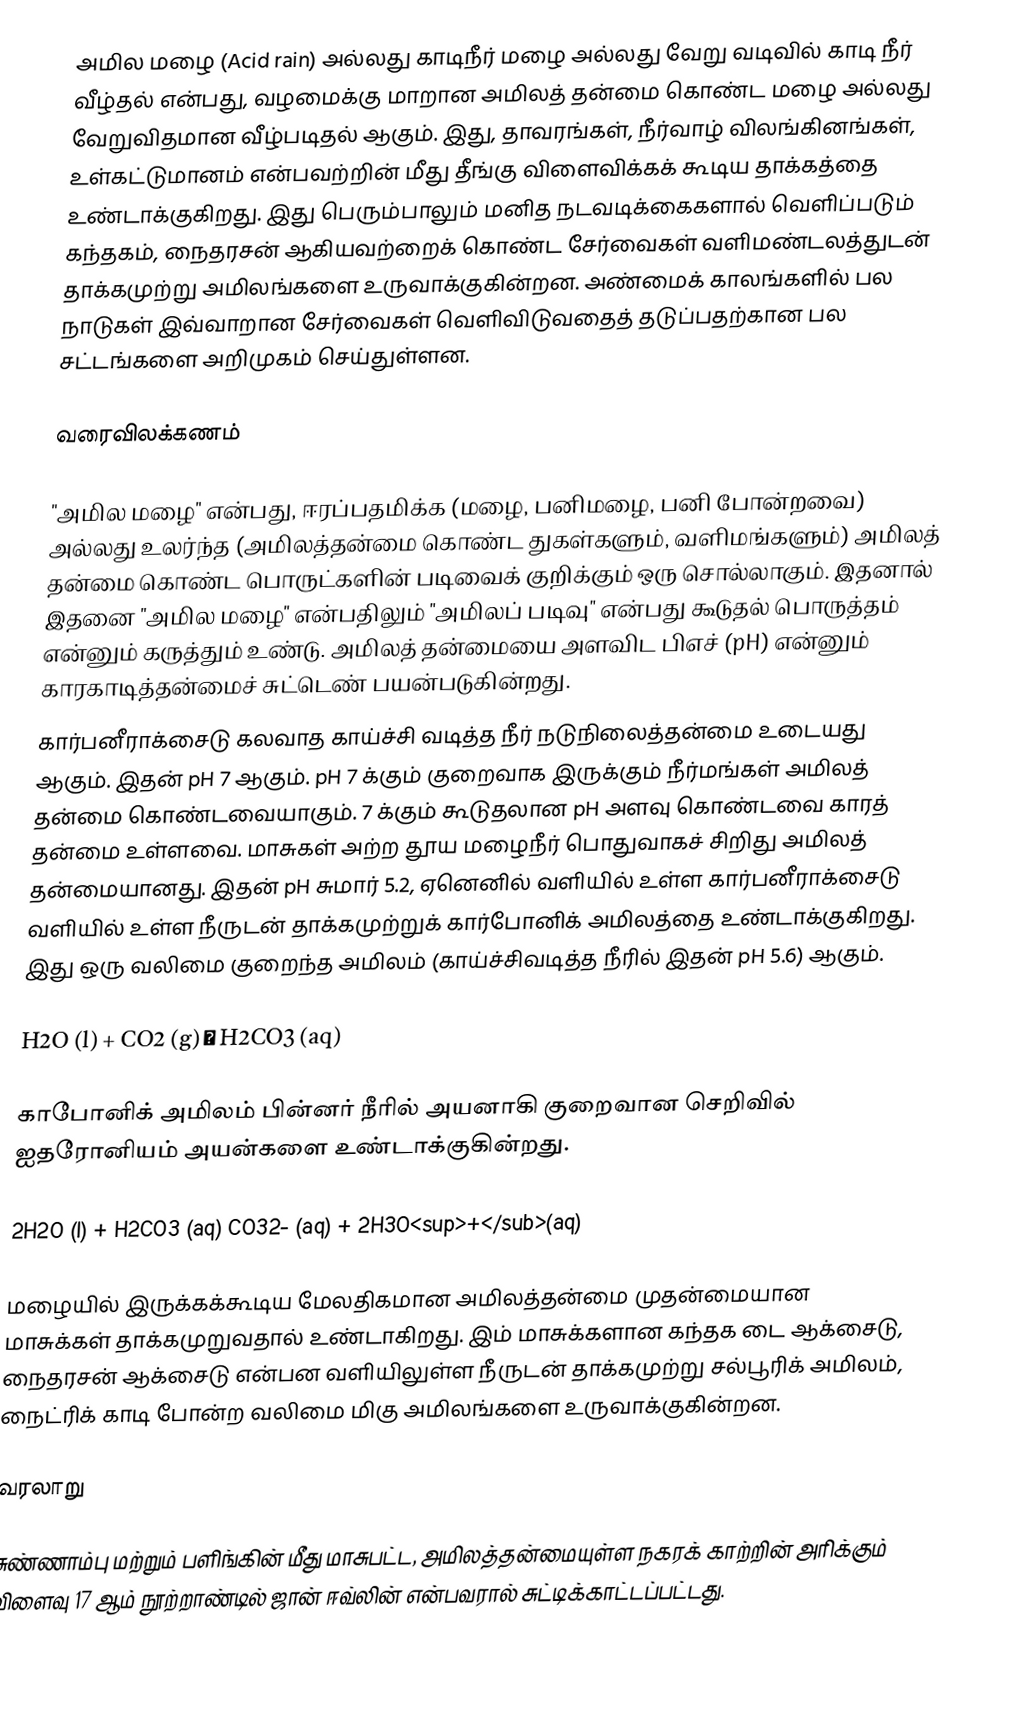
அமில மழை (Acid rain) அல்லது காடிநீர் மழை அல்லது வேறு வடிவில் காடி நீர் வீழ்தல் என்பது, வழமைக்கு மாறான அமிலத் தன்மை கொண்ட மழை அல்லது வேறுவிதமான வீழ்படிதல் ஆகும். இது, தாவரங்கள், நீர்வாழ் விலங்கினங்கள், உள்கட்டுமானம் என்பவற்றின் மீது தீங்கு விளைவிக்கக் கூடிய தாக்கத்தை உண்டாக்குகிறது. இது பெரும்பாலும் மனித நடவடிக்கைகளால் வெளிப்படும் கந்தகம், நைதரசன் ஆகியவற்றைக் கொண்ட சேர்வைகள் வளிமண்டலத்துடன் தாக்கமுற்று அமிலங்களை உருவாக்குகின்றன. அண்மைக் காலங்களில் பல நாடுகள் இவ்வாறான சேர்வைகள் வெளிவிடுவதைத் தடுப்பதற்கான பல சட்டங்களை அறிமுகம் செய்துள்ளன.

வரைவிலக்கணம்

"அமில மழை" என்பது, ஈரப்பதமிக்க (மழை, பனிமழை, பனி போன்றவை) அல்லது உலர்ந்த (அமிலத்தன்மை கொண்ட துகள்களும், வளிமங்களும்) அமிலத் தன்மை கொண்ட பொருட்களின் படிவைக் குறிக்கும் ஒரு சொல்லாகும். இதனால் இதனை "அமில மழை" என்பதிலும் "அமிலப் படிவு" என்பது கூடுதல் பொருத்தம் என்னும் கருத்தும் உண்டு. அமிலத் தன்மையை அளவிட பிஎச் (pH) என்னும் காரகாடித்தன்மைச் சுட்டெண் பயன்படுகின்றது.
கார்பனீராக்சைடு கலவாத காய்ச்சி வடித்த நீர் நடுநிலைத்தன்மை உடையது ஆகும். இதன் pH 7 ஆகும். pH 7 க்கும் குறைவாக இருக்கும் நீர்மங்கள் அமிலத் தன்மை கொண்டவையாகும். 7 க்கும் கூடுதலான pH அளவு கொண்டவை காரத் தன்மை உள்ளவை. மாசுகள் அற்ற தூய மழைநீர் பொதுவாகச் சிறிது அமிலத் தன்மையானது. இதன் pH சுமார் 5.2, ஏனெனில் வளியில் உள்ள கார்பனீராக்சைடு வளியில் உள்ள நீருடன் தாக்கமுற்றுக் கார்போனிக் அமிலத்தை உண்டாக்குகிறது. இது ஒரு வலிமை குறைந்த அமிலம் (காய்ச்சிவடித்த நீரில் இதன் pH 5.6) ஆகும்.

H2O (l) + CO2 (g) → H2CO3 (aq)

காபோனிக் அமிலம் பின்னர் நீரில் அயனாகி குறைவான செறிவில் ஐதரோனியம் அயன்களை உண்டாக்குகின்றது.

2H2O (l) + H2CO3 (aq)  CO32- (aq) + 2H3O<sup>+</sub>(aq)

மழையில் இருக்கக்கூடிய மேலதிகமான அமிலத்தன்மை முதன்மையான மாசுக்கள் தாக்கமுறுவதால் உண்டாகிறது. இம் மாசுக்களான கந்தக டை ஆக்சைடு, நைதரசன் ஆக்சைடு என்பன வளியிலுள்ள நீருடன் தாக்கமுற்று சல்பூரிக் அமிலம், நைட்ரிக் காடி போன்ற வலிமை மிகு அமிலங்களை உருவாக்குகின்றன.

வரலாறு

சுண்ணாம்பு மற்றும் பளிங்கின் மீது மாசுபட்ட, அமிலத்தன்மையுள்ள நகரக் காற்றின் அரிக்கும் விளைவு 17 ஆம் நூற்றாண்டில் ஜான் ஈவ்லின் என்பவரால் சுட்டிக்காட்டப்பட்டது.